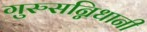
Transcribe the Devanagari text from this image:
गुरुसन्निधानी